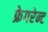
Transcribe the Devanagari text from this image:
फ्रेगरेन्ट